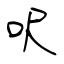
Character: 呎